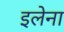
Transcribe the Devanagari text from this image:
इलेना